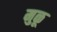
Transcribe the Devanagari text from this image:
मुळू